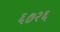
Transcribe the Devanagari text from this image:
६७२६